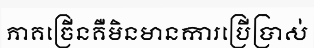
ភាគច្រើនគឺមិនមានការប្រើប្រាស់